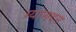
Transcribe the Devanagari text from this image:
ग्यानदत्त